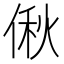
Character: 偢